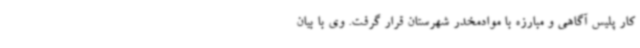
کار پلیس آگاهی و مبارزه با موادمخدر شهرستان قرار گرفت. وی با بیان